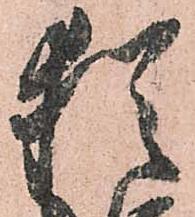
猶